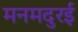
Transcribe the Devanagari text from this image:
मनमदुरई